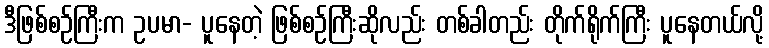
ဒီဖြစ်စဉ်ကြီးက ဥပမာ- ပူနေတဲ့ ဖြစ်စဉ်ကြီးဆိုလည်း တစ်ခါတည်း တိုက်ရိုက်ကြီး ပူနေတယ်လို့